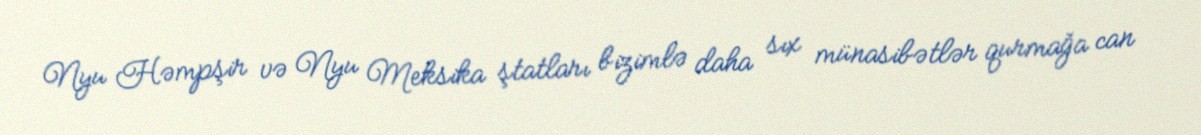
Nyu Həmpşir və Nyu Meksika ştatları bizimlə daha sıx münasibətlər qurmağa can